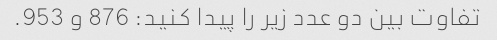
تفاوت بین دو عدد زیر را پیدا کنید: 876 و 953.